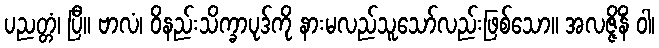
ပညတ္တံ၊ ပြီ။ ဗာလံ၊ ဝိနည်းသိက္ခာပုဒ်ကို နားမလည်သူသော်လည်းဖြစ်သော။ အလဇ္ဇိနိံ ဝါ၊